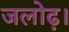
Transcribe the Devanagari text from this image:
जलोढ़।